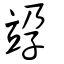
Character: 𥩯